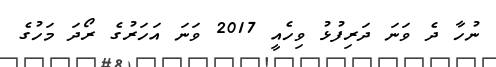
ނުހާ ދެ ވަނަ ދަރިފުޅު ވިހެއީ 2017 ވަނަ އަހަރުގެ ރޯދަ މަހުގެ